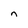
Character: n